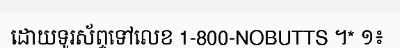
ដោយទូរស័ព្ទទៅលេខ 1-800-NOBUTTS ។* ១៖